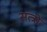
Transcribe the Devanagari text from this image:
सत्त्रो